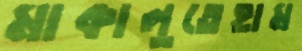
মাকালুতেহাম